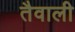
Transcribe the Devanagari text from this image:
तैवाली